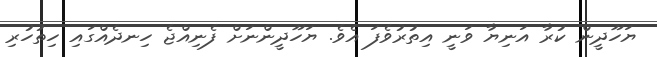
ޔަހޫދީން ކުރާ އަނިޔާ ވަނީ އިތުރުވެފަ އެވެ. ޔަހޫދީންނަށް ފެނިއްޖެ ހިނދެއްގައި ހިތުހުރި